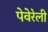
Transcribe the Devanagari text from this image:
पेवेरेली